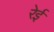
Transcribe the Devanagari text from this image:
रेई